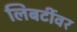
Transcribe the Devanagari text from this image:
लिबर्टीवर